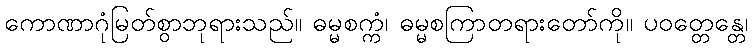
ကောဏာဂုံမြတ်စွာဘုရားသည်။ ဓမ္မစက္ကံ၊ ဓမ္မစကြာတရားတော်ကို။ ပဝတ္တေန္တေ၊